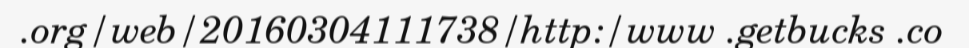
.org/web/20160304111738/http:/www .getbucks .co